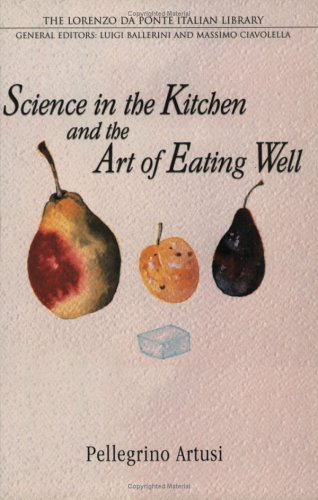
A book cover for Science in the Kitchen and the Art of Eating Well (Lorenzo Da Ponte Italian Library); Pellegrino Artusi; Cookbooks, Food & Wine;